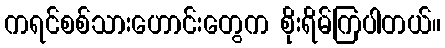
ကရင်စစ်သားဟောင်းတွေက စိုးရိမ်ကြပါတယ်။